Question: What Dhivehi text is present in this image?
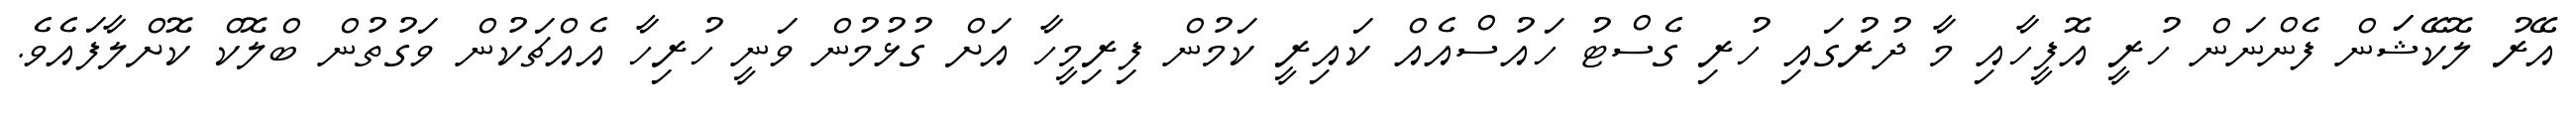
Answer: އޭރު ލޮކޭޝަަން ފެންނަން ހުރީ އޮފީހާއި މާ ދުރުގައި ހުރި ގެސްޓު ހައުސްއެއް ކައިރީ ކަމުން ފިރިމީހާ އަށް ގުޅުމުން ވަނީ ހުރިހާ އެއްޗަކުން ވަގުތުން ބްލޮކް ކޮށްލާފައެވެ.